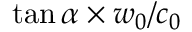
\tan \alpha \times w _ { 0 } / c _ { 0 }